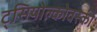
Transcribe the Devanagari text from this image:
ट्सियोल्कोवस्की